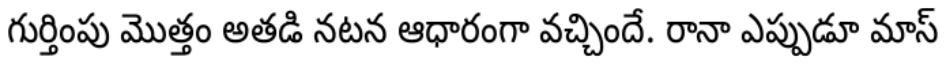
గుర్తింపు మొత్తం అతడి నటన ఆధారంగా వచ్చిందే. రానా ఎప్పుడూ మాస్